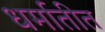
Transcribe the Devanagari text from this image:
धर्मातीत